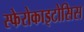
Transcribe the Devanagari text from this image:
स्फेरोकाइटोसिस